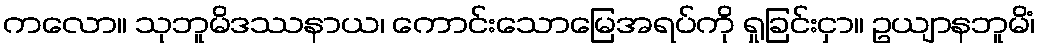
ကလော။ သုဘူမိဒဿနာယ၊ ကောင်းသောမြေအရပ်ကို ရှုခြင်းငှာ။ ဥယျာနဘူမိံ၊